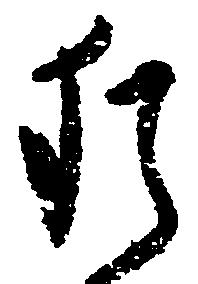
猶